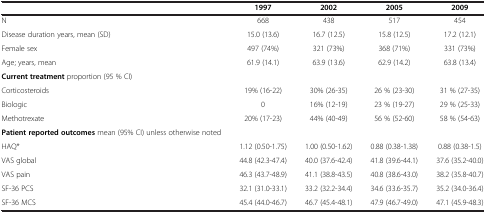
<table><thead><tr><td><b> </b></td><td><b>1997</b></td><td><b>2002</b></td><td><b>2005</b></td><td><b>2009</b></td></tr></thead><tbody><tr><td>N</td><td>668</td><td>438</td><td>517</td><td>454</td></tr><tr><td>Disease duration years, mean (SD)</td><td>15.0 (13.6)</td><td>16.7 (12.5)</td><td>15.8 (12.5)</td><td>17.2 (12.1)</td></tr><tr><td>Female sex</td><td>497 (74%)</td><td>321 (73%)</td><td>368 (71%)</td><td>331 (73%)</td></tr><tr><td>Age; years, mean</td><td>61.9 (14.1)</td><td>63.9 (13.6)</td><td>62.9 (14.2)</td><td>63.8 (13.4)</td></tr><tr><td><b>Current treatment</b> proportion (95 % CI)</td><td> </td><td> </td><td> </td><td> </td></tr><tr><td>Corticosteroids</td><td>19% (16-22)</td><td>30% (26-35)</td><td>26 % (23-30)</td><td>31 % (27-35)</td></tr><tr><td>Biologic</td><td>0</td><td>16% (12-19)</td><td>23 % (19-27)</td><td>29 % (25-33)</td></tr><tr><td>Methotrexate</td><td>20% (17-23)</td><td>44% (40-49)</td><td>56 % (52-60)</td><td>58 % (54-63)</td></tr><tr><td><b>Patient reported outcomes</b> mean (95% CI) unless otherwise noted</td><td> </td><td> </td><td> </td><td> </td></tr><tr><td>HAQ*</td><td>1.12 (0.50-1.75)</td><td>1.00 (0.50-1.62)</td><td>0.88 (0.38-1.38)</td><td>0.88 (0.38-1.5)</td></tr><tr><td>VAS global</td><td>44.8 (42.3-47.4)</td><td>40.0 (37.6-42.4)</td><td>41.8 (39.6-44.1)</td><td>37.6 (35.2-40.0)</td></tr><tr><td>VAS pain</td><td>46.3 (43.7-48.9)</td><td>41.1 (38.8-43.5)</td><td>40.8 (38.6-43.0)</td><td>38.2 (35.8-40.7)</td></tr><tr><td>SF-36 PCS</td><td>32.1 (31.0-33.1)</td><td>33.2 (32.2-34.4)</td><td>34.6 (33.6-35.7)</td><td>35.2 (34.0-36.4)</td></tr><tr><td>SF-36 MCS</td><td>45.4 (44.0-46.7)</td><td>46.7 (45.4-48.1)</td><td>47.9 (46.7-49.0)</td><td>47.1 (45.9-48.3)</td></tr></tbody></table>